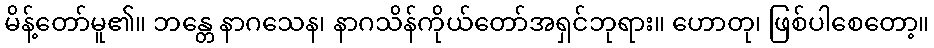
မိန့်တော်မူ၏။ ဘန္တေ နာဂသေန၊ နာဂသိန်ကိုယ်တော်အရှင်ဘုရား။ ဟောတု၊ ဖြစ်ပါစေတော့။